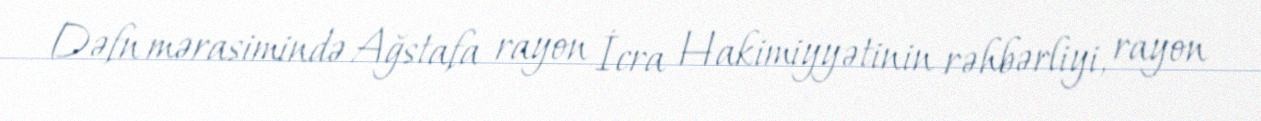
Dəfn mərasimində Ağstafa rayon İcra Hakimiyyətinin rəhbərliyi, rayon